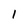
Character: 1